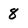
Character: 8